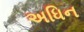
અધિન